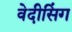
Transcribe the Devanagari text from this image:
वेदीसिंग